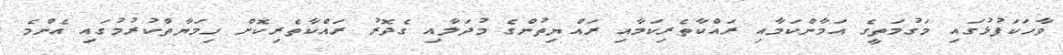
ވާހަކަފުޅުގައި މަގުމަތީގެ އަމާންކަމާއި ރައްކާތެރިކަމާއި ރައްޔިތުންގެ މުދަލާއި ގެދޮރު ރައްކާތެރިކޮށް ހިމަޔާތްކުރުމުގައި އެންމެ